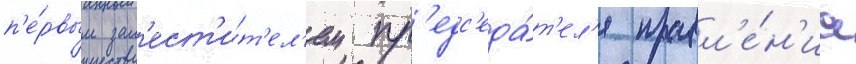
п'е́рвым зам'ест'и́т'ел'ем пр'едс'еда́т'ел'я правл'е́н'иа